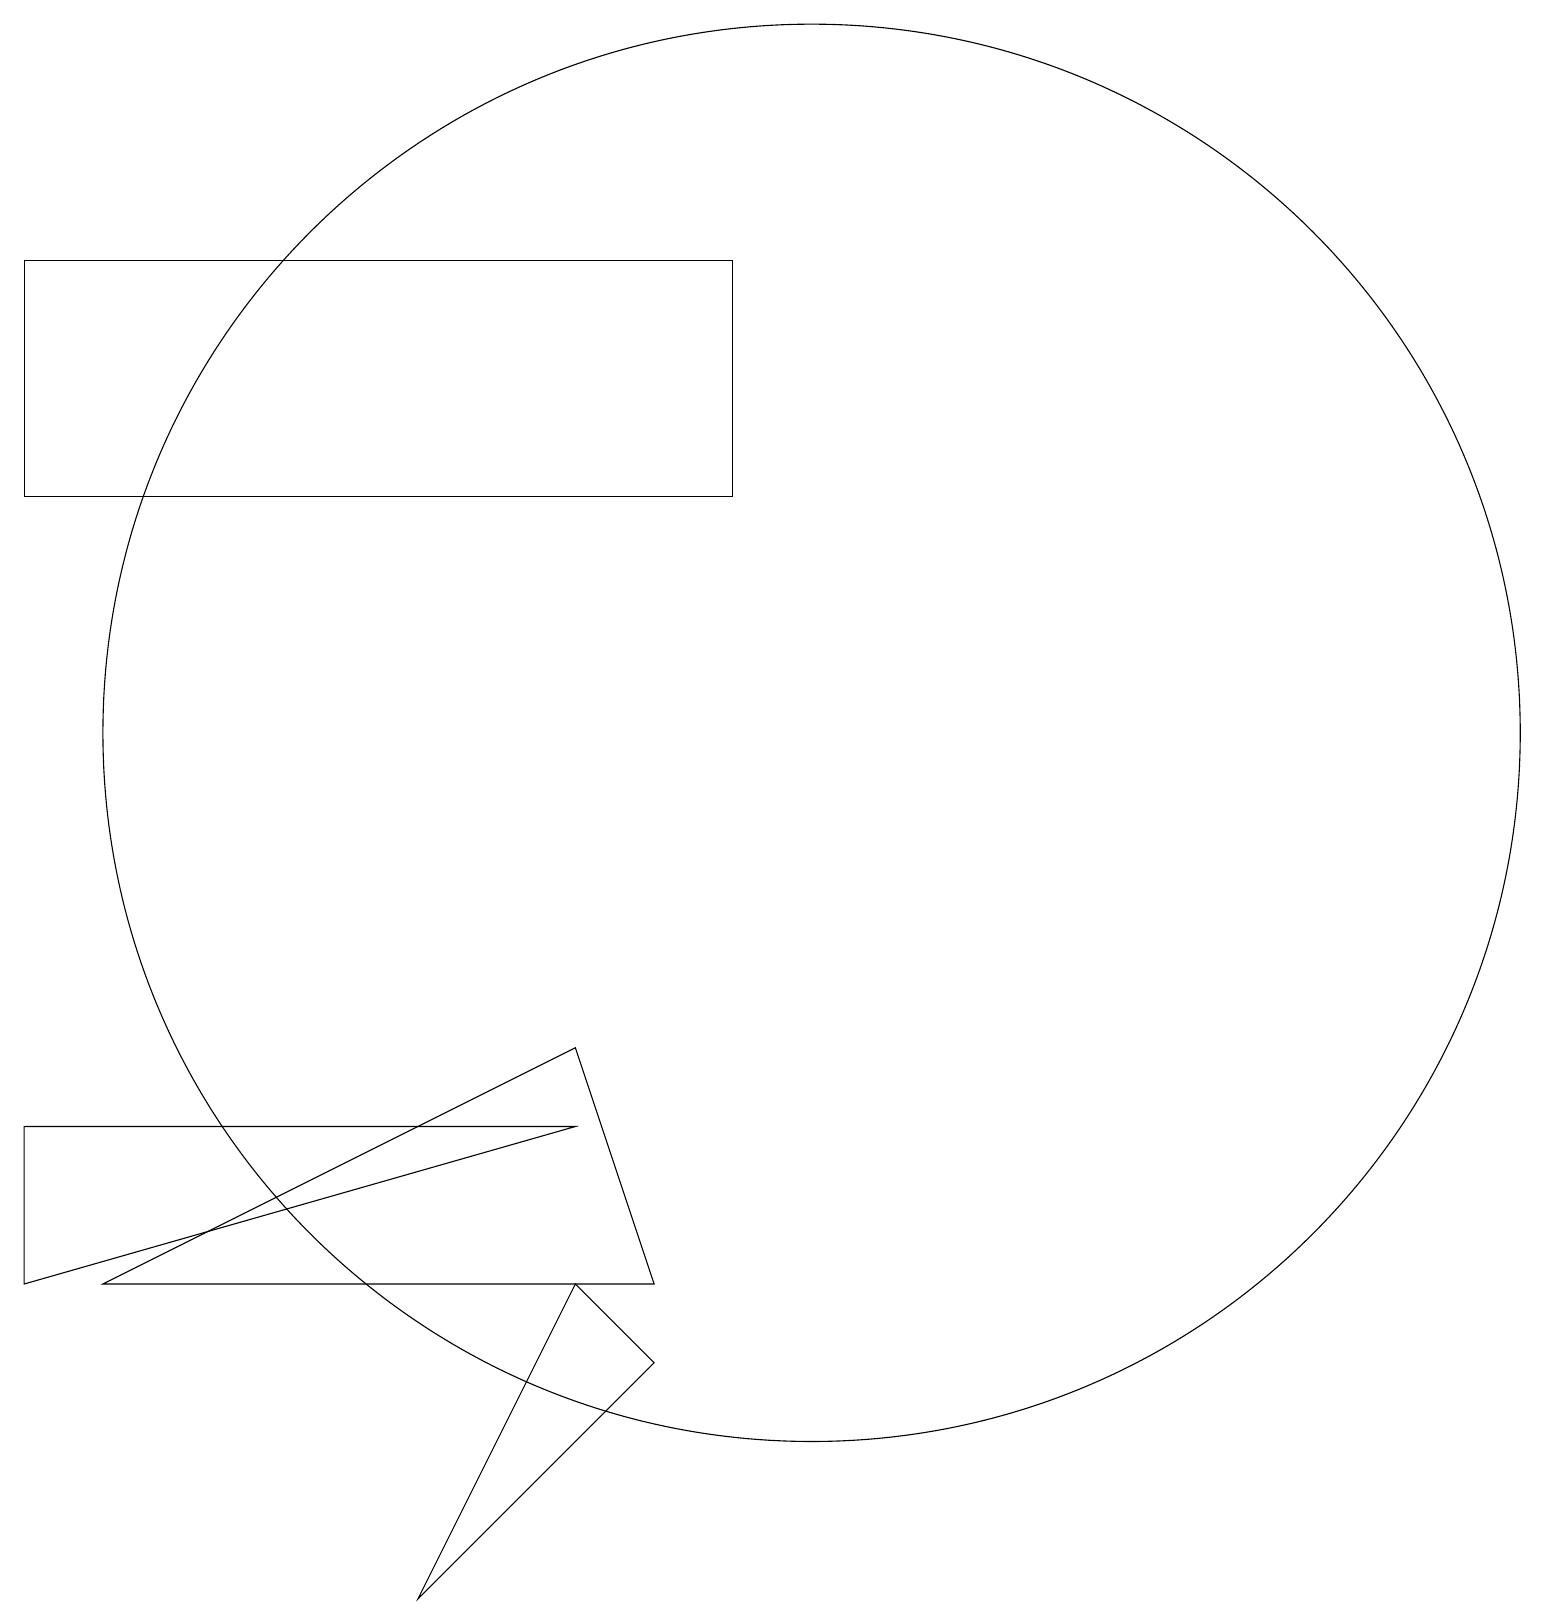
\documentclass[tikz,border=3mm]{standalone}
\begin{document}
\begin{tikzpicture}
\draw (7,6) -- (0,6) -- (0,4) -- cycle;
\draw (5,0) -- (7,4) -- (8,3) -- cycle;
\draw (0,17) rectangle (9,14);
\draw (8,4) -- (1,4) -- (7,7) -- cycle;
\draw (10,11) circle (9);
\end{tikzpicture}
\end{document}